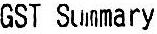
GST SUMMARY